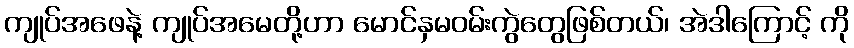
ကျုပ်အဖေနဲ့ ကျုပ်အမေတို့ဟာ မောင်နှမဝမ်းကွဲတွေဖြစ်တယ်၊ အဲဒါကြောင့် ကို